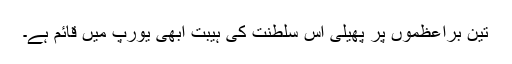
تین براعظموں پر پھیلی اس سلطنت کی ہیبت ابھی یورپ میں قائم ہے۔